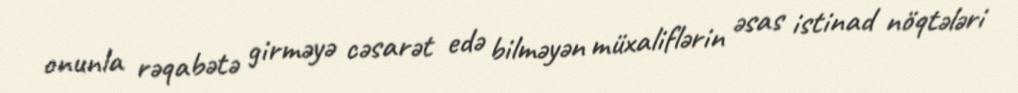
onunla rəqabətə girməyə cəsarət edə bilməyən müxaliflərin əsas istinad nöqtələri